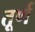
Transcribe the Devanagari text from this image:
तूर्ण